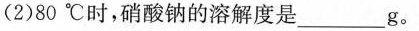
(2)80℃时，硝酸钠的溶解度是___ g。